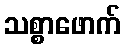
သစ္စာဖောက်